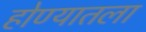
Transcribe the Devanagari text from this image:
होण्यातला